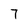
Character: 7